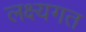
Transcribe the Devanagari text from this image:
लक्ष्यगत